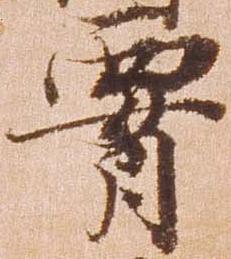
腰